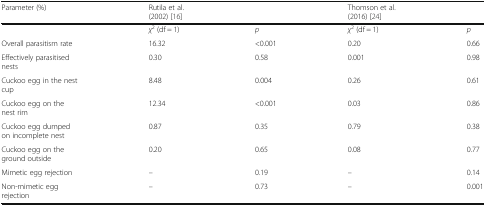
<table><thead><tr><td><b>Parameter (%)</b></td><td><b>Rutila et al. (2002) [16]</b></td><td></td><td><b>Thomson et al. (2016) [24]</b></td><td></td></tr></thead><tbody><tr><td></td><td><i>χ</i><sup>2</sup> (df = 1)</td><td><i>p</i></td><td><i>χ</i><sup>2</sup> (df = 1)</td><td><i>p</i></td></tr><tr><td>Overall parasitism rate</td><td>16.32</td><td>&lt;0.001</td><td>0.20</td><td>0.66</td></tr><tr><td>Effectively parasitised nests</td><td>0.30</td><td>0.58</td><td>0.001</td><td>0.98</td></tr><tr><td>Cuckoo egg in the nest cup</td><td>8.48</td><td>0.004</td><td>0.26</td><td>0.61</td></tr><tr><td>Cuckoo egg on the nest rim</td><td>12.34</td><td>&lt;0.001</td><td>0.03</td><td>0.86</td></tr><tr><td>Cuckoo egg dumped on incomplete nest</td><td>0.87</td><td>0.35</td><td>0.79</td><td>0.38</td></tr><tr><td>Cuckoo egg on the ground outside</td><td>0.20</td><td>0.65</td><td>0.08</td><td>0.77</td></tr><tr><td>Mimetic egg rejection</td><td>–</td><td>0.19</td><td>–</td><td>0.14</td></tr><tr><td>Non-mimetic egg rejection</td><td>–</td><td>0.73</td><td>–</td><td>0.001</td></tr></tbody></table>